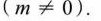
($$m ≠ 0$$).